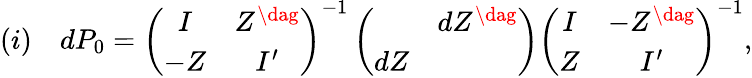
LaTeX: (i)\quad dP_{0}=\left(\begin{array}{cc}{{I}}&{{Z^{\dag}}}\\ {{-Z}}&{{I^{\prime}}}\end{array}\right)^{-1}\left(\begin{array}{cc}{{}}&{{dZ^{\dag}}}\\ {{dZ}}&{{}}\end{array}\right)\left(\begin{array}{cc}{{I}}&{{-Z^{\dag}}}\\ {{Z}}&{{I^{\prime}}}\end{array}\right)^{-1},